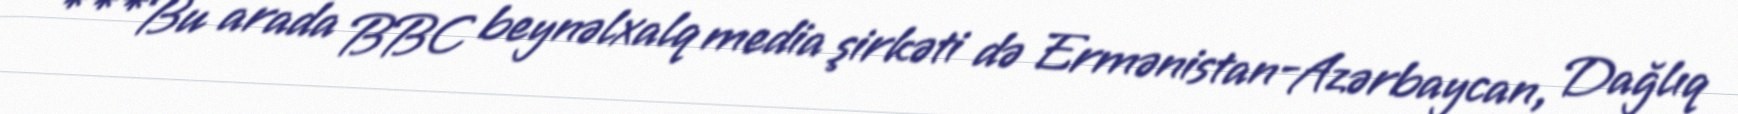
***Bu arada BBC beynəlxalq media şirkəti də Ermənistan-Azərbaycan, Dağlıq